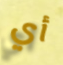
أي